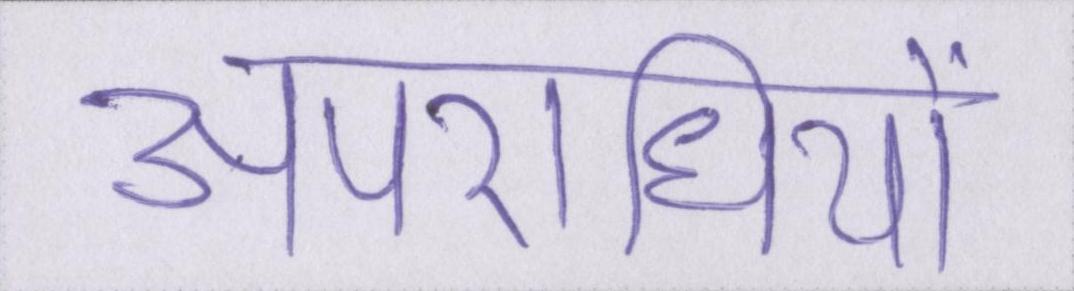
अपराधियों